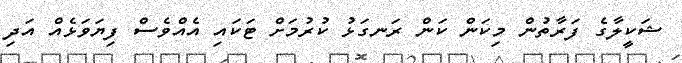
ޝަކީލާގެ ފަރާތުން މިކަން ކަން ރަނގަޅު ކުުރުމަށް ޓަކައި އެއްވެސް ފިޔަވަޅެއް އަދި